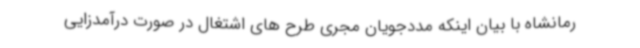
رمانشاه با بیان اینکه مددجویان مجری طرح های اشتغال در صورت درآمدزایی